Document type: Sale
Year: 1439
Scribe: Arnau d'Illes
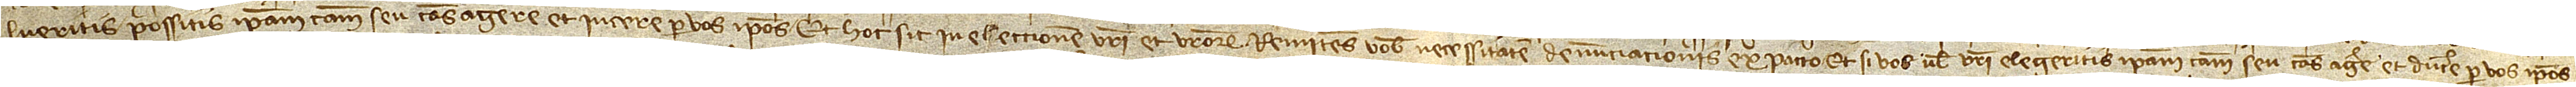
lueritis possitis ipsam causam seu causas agere et iucere per vos ipsos. Et hoc sit in electionem vestri et vestrorum. Remitens vobis necessitatem denunciacionis ex pacto. Et si vos vel vestri elegeritis ipsam causam seu causas agere et ducere per vos ipsos,